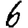
Digit: 6